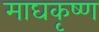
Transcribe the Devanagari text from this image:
माघकृष्ण